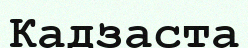
Кадзаста